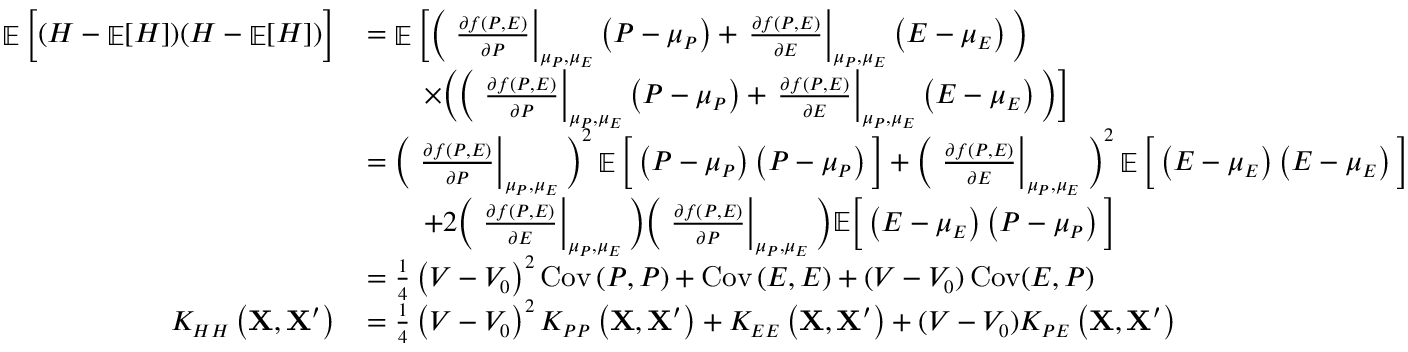
\small \begin{array} { r l } { \mathop { \mathbb { E } } \Big [ ( H - \mathop { \mathbb { E } } [ H ] ) ( H - \mathop { \mathbb { E } } [ H ] ) \Big ] } & { = \mathop { \mathbb { E } } \bigg [ \bigg ( \left. \frac { \partial f \left( P , E \right) } { \partial P } \right| _ { \mu _ { P } , \mu _ { E } } \left( P - \mu _ { P } \right) + \left. \frac { \partial f \left( P , E \right) } { \partial E } \right| _ { \mu _ { P } , \mu _ { E } } \left( E - \mu _ { E } \right) \bigg ) } \\ & { \qquad \times \bigg ( \bigg ( \left. \frac { \partial f \left( P , E \right) } { \partial P } \right| _ { \mu _ { P } , \mu _ { E } } \left( P - \mu _ { P } \right) + \left. \frac { \partial f \left( P , E \right) } { \partial E } \right| _ { \mu _ { P } , \mu _ { E } } \left( E - \mu _ { E } \right) \bigg ) \bigg ] } \\ & { = \bigg ( \left. \frac { \partial f \left( P , E \right) } { \partial P } \right| _ { \mu _ { P } , \mu _ { E } } \bigg ) ^ { 2 } \mathop { \mathbb { E } } \bigg [ \left( P - \mu _ { P } \right) \left( P - \mu _ { P } \right) \bigg ] + \bigg ( \left. \frac { \partial f \left( P , E \right) } { \partial E } \right| _ { \mu _ { P } , \mu _ { E } } \bigg ) ^ { 2 } \mathop { \mathbb { E } } \bigg [ \left( E - \mu _ { E } \right) \left( E - \mu _ { E } \right) \bigg ] } \\ & { \qquad + 2 \bigg ( \left. \frac { \partial f \left( P , E \right) } { \partial E } \right| _ { \mu _ { P } , \mu _ { E } } \bigg ) \bigg ( \left. \frac { \partial f \left( P , E \right) } { \partial P } \right| _ { \mu _ { P } , \mu _ { E } } \bigg ) \mathbb { E } \bigg [ \left( E - \mu _ { E } \right) \left( P - \mu _ { P } \right) \bigg ] } \\ & { = \frac { 1 } { 4 } \left( V - V _ { 0 } \right) ^ { 2 } \operatorname { C o v } \left( P , P \right) + \operatorname { C o v } \left( E , E \right) + ( V - V _ { 0 } ) \operatorname { C o v } ( E , P ) } \\ { K _ { H H } \left( \mathbf { X } , \mathbf { X } ^ { \prime } \right) } & { = \frac { 1 } { 4 } \left( V - V _ { 0 } \right) ^ { 2 } K _ { P P } \left( \mathbf { X } , \mathbf { X } ^ { \prime } \right) + K _ { E E } \left( \mathbf { X } , \mathbf { X } ^ { \prime } \right) + ( V - V _ { 0 } ) K _ { P E } \left( \mathbf { X } , \mathbf { X } ^ { \prime } \right) } \end{array}